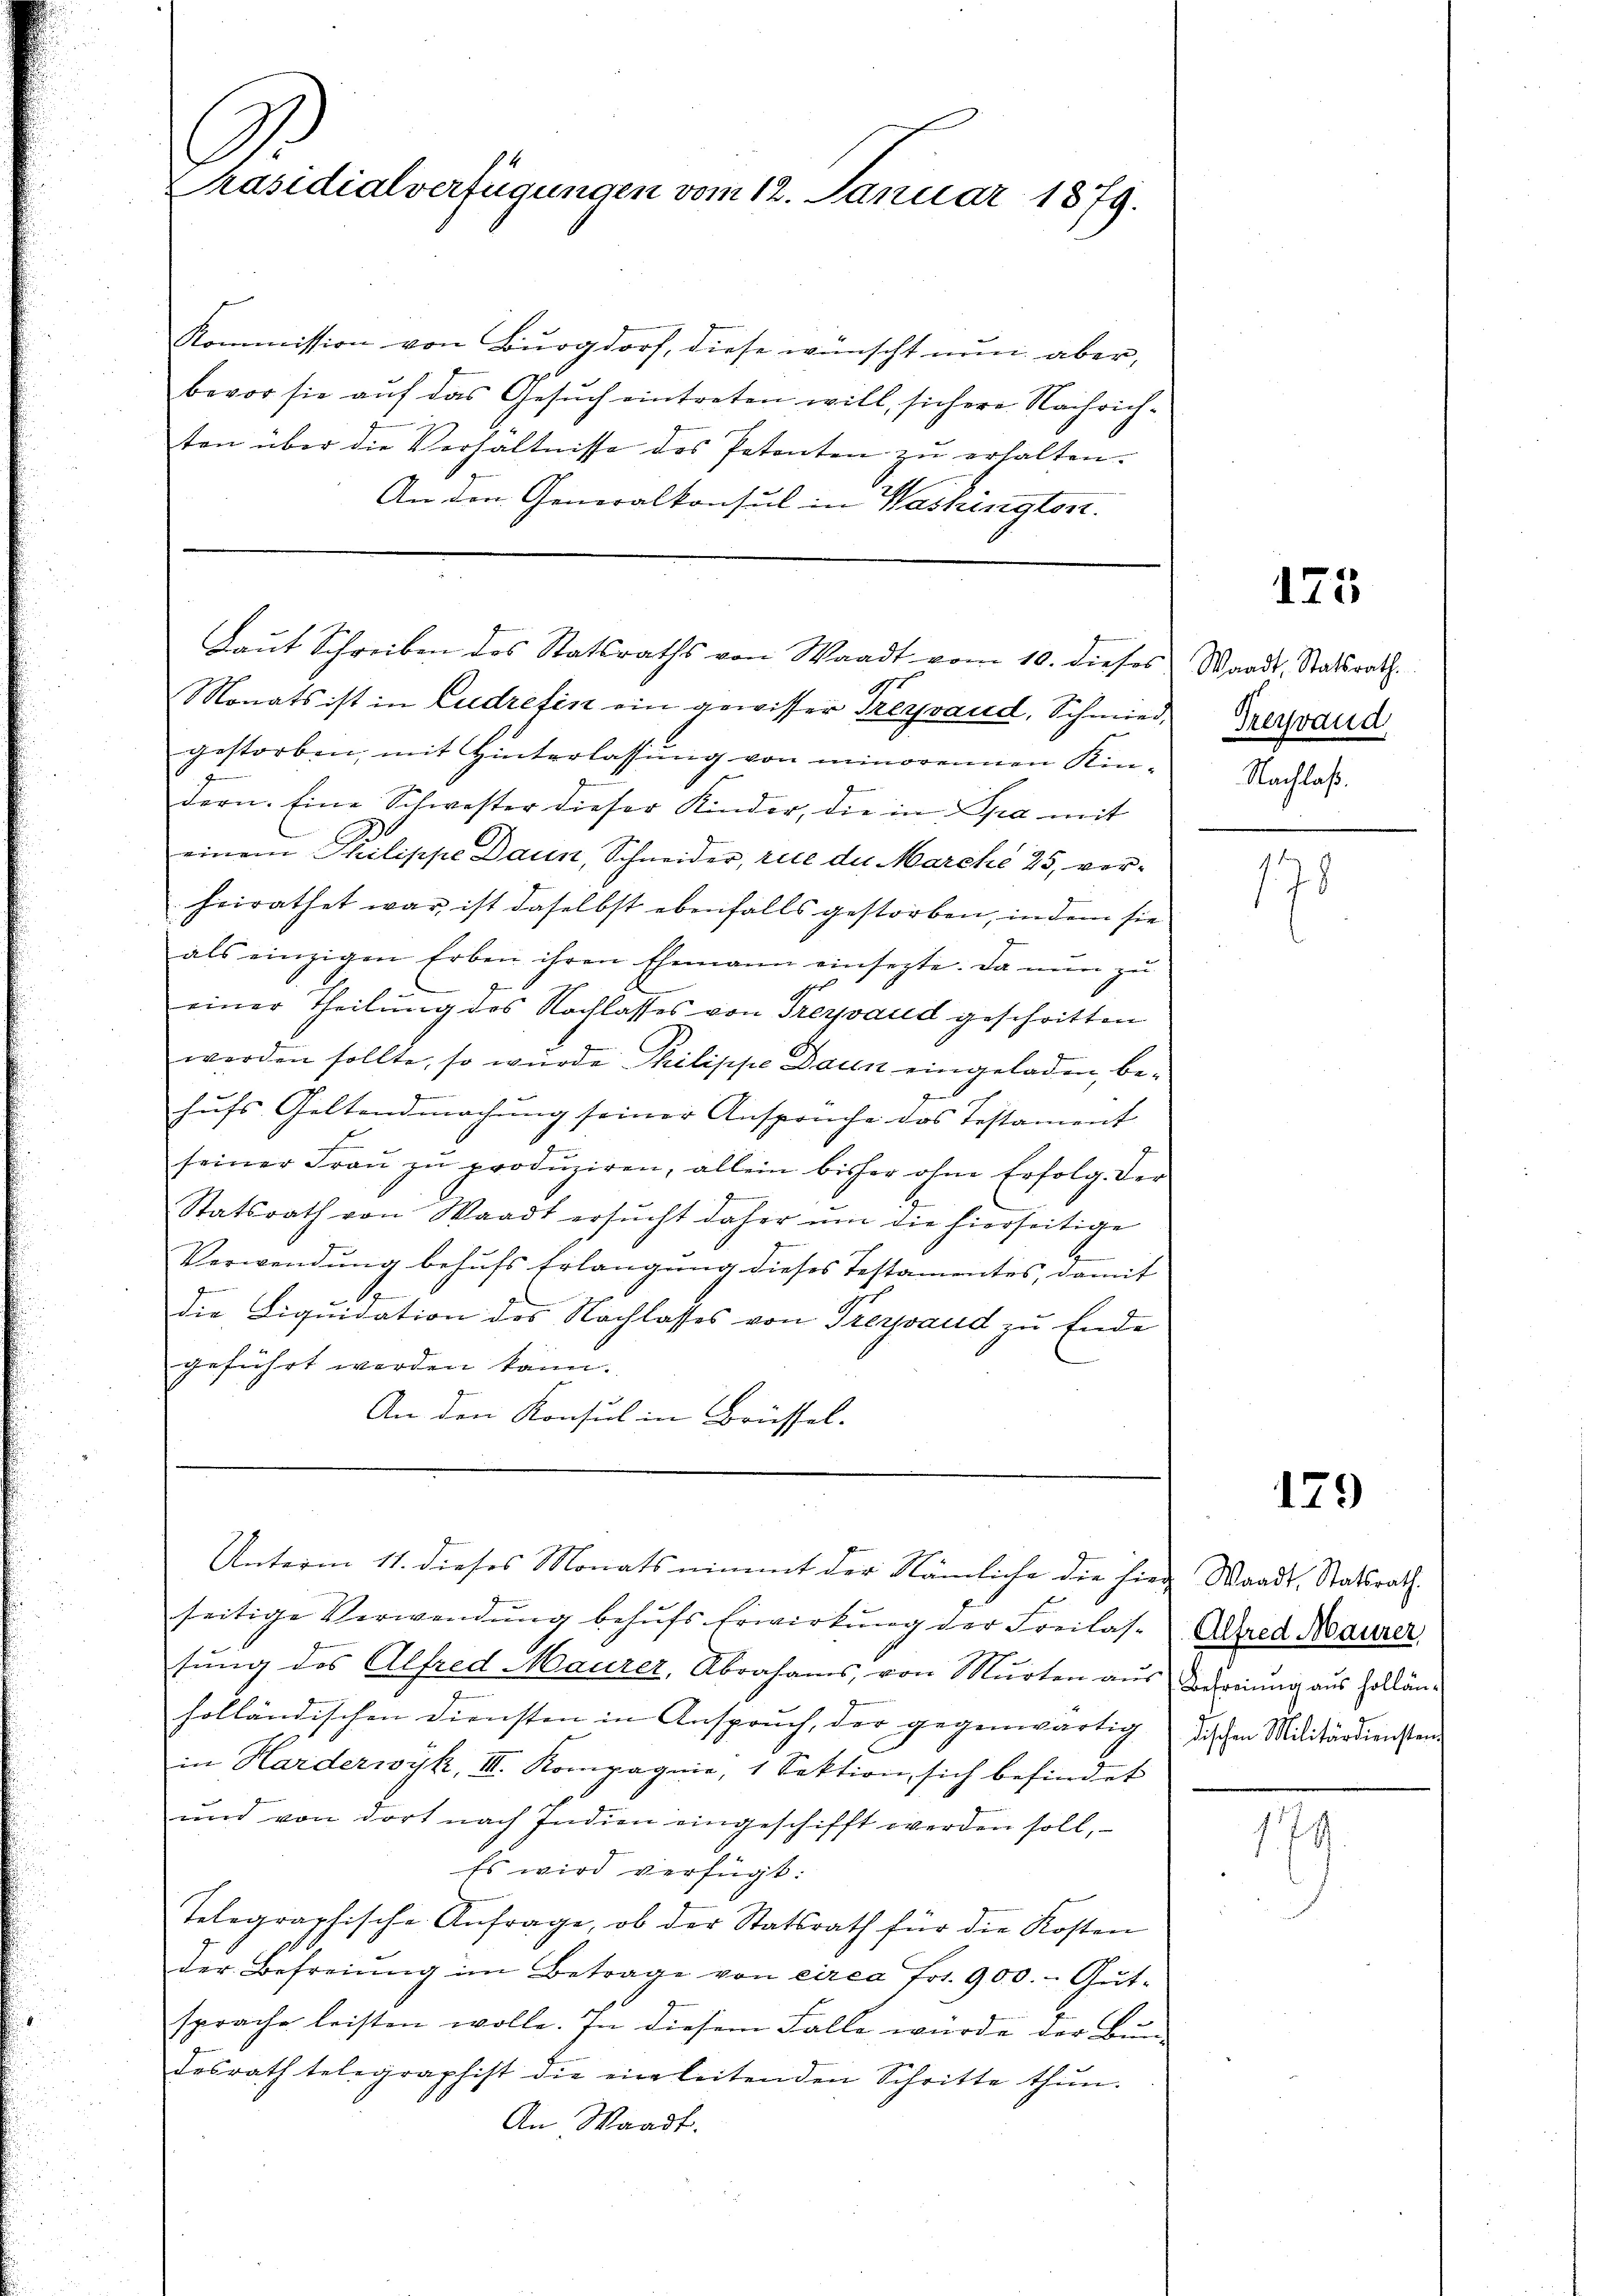
.
Präsidialverfügungen vom 12. Januar 1879.

Kommission von Burgdorf, diese wünscht nun aber,
bevor sie aŭf das Gesŭch eintreten will, sichere Nachrich-
ten über die Verhältnisse des Petenten zŭ erhalten.
An den Generalkonsul in Washingten.

Laŭt Schreiben des Statsraths von Waadt vom 10. dieses Waadt, Statsrath.

10
Monats ist in Ludretin ein gewisser Freyrand, Schmied Herzaud
gestorben, mit Hinterlassung von minorennen Kindern. Eine Schwester dieser Kinder, die in Spa mit
einem Philippe Daun, Schneider, rice der Marché 25, verheirathet war, ist daselbst ebenfalls gestorben, in dem sie
als einzigen Erben ihren Ehemann einsezte. Da nun zu
einer Theilung des Nachlasses von Trezvaud geschritten
worden sollte, so würde Philippe Daun eingeladen, behufs Geltendmachung seiner Anspruche das Testament
seiner Fraŭ zŭ produziren, allein bisher ohne Erfolg. Der
Statsrath von Waadt ersucht daher um die hierseitige
Verwendung behufs Erlangung dieses Testamentes, damit
6
Die Liquidation des Nachlasses von Freysaud zu Ende
geführt worden kann.
An den Konsul in Brüssel.

Unterm 11. dieses Monats nimmt der Nämliche die hier Waadt, Statsrath

seitige Verwendung behufs Erwirkung der Freilas-Abred Maurer
stung des Alfred Maurer, Abrahams, von Murten aus dreiung aus Hollänholländischen Diensten in Anspruch, der gegenwärtig dischen Militärdienstand
in Harderwyk, III. Kompagnie, 1 Sektion, sich befindet
und von dort nach Indien eingeschifft werden soll,
Es wird verfügt:
Telegraphische Anfrage, ob der Statsrath für die Kosten
der Befreiung im Betrage von circa Fr. 900. - Gutsprache leisten wolle. In diesem Falle würde der Bundesrath telegraphist die einleitenden Schritte thŭn.
An Waadt.

125

Nachlaß.

178

179

179